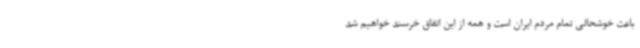
باعث خوشحالی تمام مردم ایران است و همه از این اتفاق خرسند خواهیم ‌شد